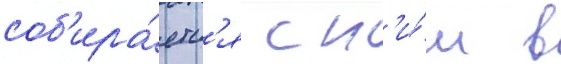
соб'ира́етс'я с н'и́м в